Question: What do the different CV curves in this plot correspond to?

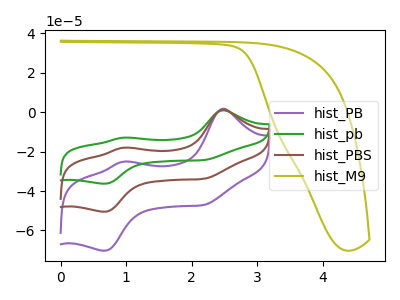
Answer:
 <answer>The purple curve is labeled "hist_PB". The green curve is labeled "hist_pb". The brown curve is labeled "hist_PBS". The olive curve is labeled "hist_M9".</answer>
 <eval></eval>